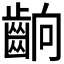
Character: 𮯄